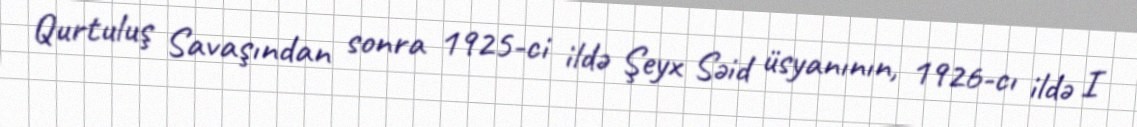
Qurtuluş Savaşından sonra 1925-ci ildə Şeyx Səid üsyanının, 1926-cı ildə I